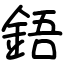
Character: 鋙